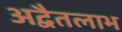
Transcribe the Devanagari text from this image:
अद्वैतलाभ